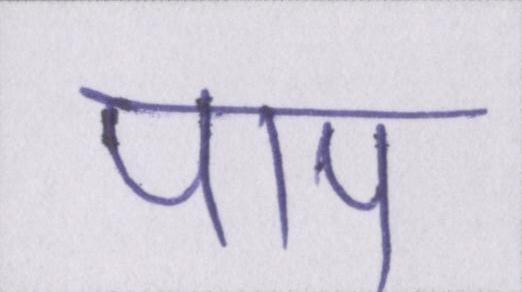
पाप